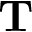
\mathbf { T }